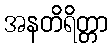
အနတိရိတ္တာ